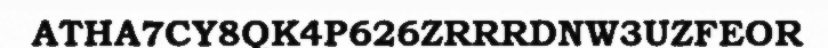
ATHA7CY8QK4P626ZRRRDNW3UZFEOR